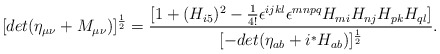
\begin{align*}[det(\eta_{\mu\nu}+M_{\mu\nu})]^{\frac{1}{2}}=\frac{[1+(H_{i5})^2-\frac{1}{4!}\epsilon^{ijkl}\epsilon^{mnpq}H_{mi}H_{nj}H_{pk}H_{ql}]}{[-det(\eta_{ab}+i{}^*H_{ab})]^{\frac{1}{2}}}.\end{align*}